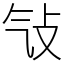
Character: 㪂